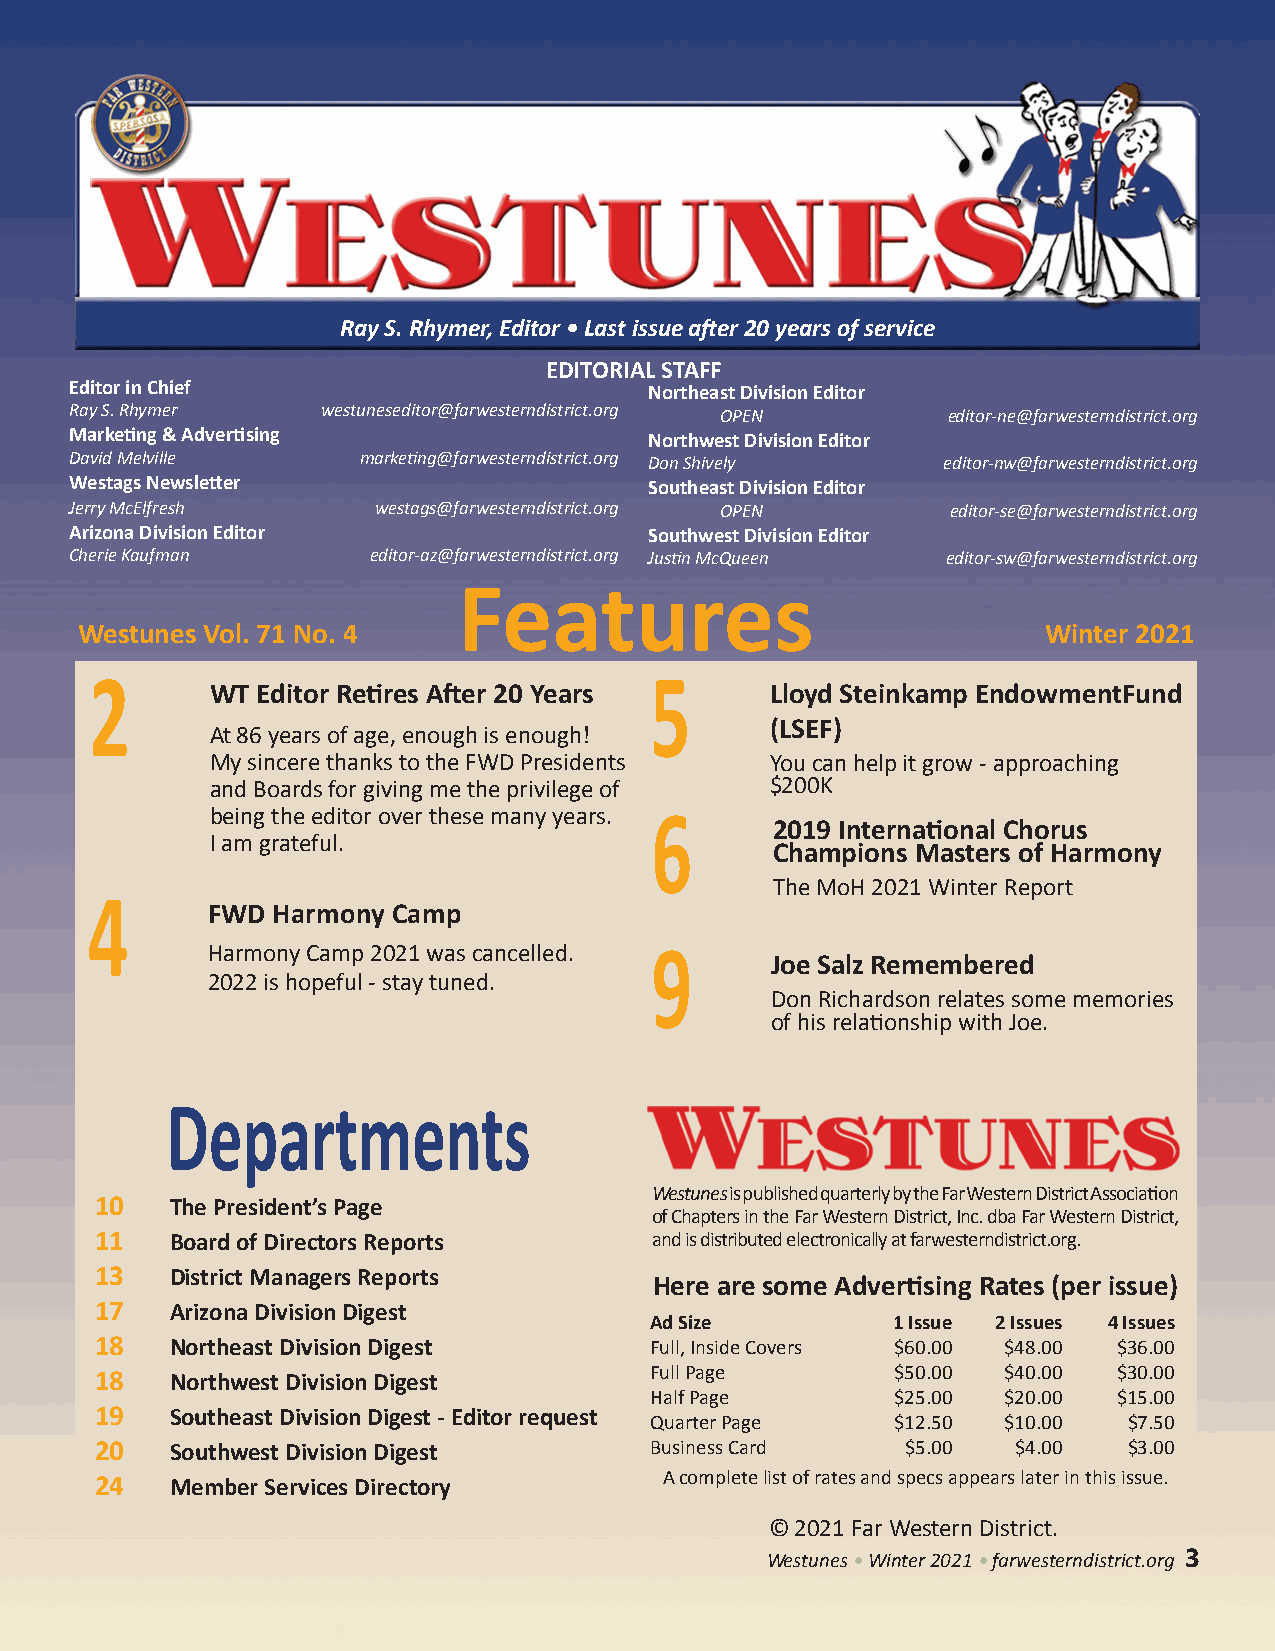
Ray S. Rhymer, Editor • Last issue after 20 years of service
 EDITORIAL STAFF
 Editor in Chief                       Northeast Division Editor
 Ray S. Rhymer   westuneseditor@farwesterndistrict.org OPEN editor-ne@farwesterndistrict.org
 Marketing & Advertising               Northwest Division Editor
 David Melville     marketing@farwesterndistrict.org Don Shively editor-nw@farwesterndistrict.org
 Westags Newsletter                    Southeast Division Editor
 Jerry McElfresh     westags@farwesterndistrict.org OPEN   editor-se@farwesterndistrict.org
 Arizona Division Editor               Southwest Division Editor
 Cherie Kaufman      editor-az@farwesterndistrict.org Justin McQueen editor-sw@farwesterndistrict.org
 Features
 Westunes Vol. 71 No. 4                                          Winter 2021
 7
 2                                    5
 WT Editor Retires After 20 Years     Lloyd Steinkamp EndowmentFund
 (LSEF)
 At 86 years of age, enough is enough!
 My sincere thanks to the FWD Presidents You can help it grow - approaching
 and Boards for giving me the privilege of $200K
 being the editor over these many years. 6
 2019 International Chorus
 I am grateful.
 Champions Masters of Harmony
 The MoH 2021 Winter Report
 4
 FWD Harmony Camp
 Harmony Camp 2021 was cancelled. 9
 Joe Salz Remembered
 2022 is hopeful - stay tuned.
 Don Richardson relates some memories
 of his relationship with Joe.
 Departments
 Westunes is published quarterly by the Far Western District Association
 10   The President’s Page
 of Chapters in the Far Western District, Inc. dba Far Western District,
 11   Board of Directors Reports      and is distributed electronically at farwesterndistrict.org.
 13   District Managers Reports
 Here are some Advertising Rates (per issue)
 17   Arizona Division Digest
 Ad Size         1 Issue 2 Issues 4 Issues
 18   Northeast Division Digest       Full, Inside Covers $60.00 $48.00 $36.00
 18   Northwest Division Digest       Full Page       $50.00  $40.00 $30.00
 Half Page       $25.00  $20.00 $15.00
 19   Southeast Division Digest - Editor request
 Quarter Page    $12.50  $10.00  $7.50
 20   Southwest Division Digest       Business Card    $5.00  $4.00   $3.00
 24   Member Services Directory        A complete list of rates and specs appears later in this issue.
 © 2021 Far Western District.
 Westunes • Winter 2021 • farwesterndistrict.org 3